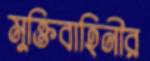
মুক্তিবাহিনীর